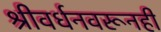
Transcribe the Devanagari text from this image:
श्रीवर्धनवरूनही